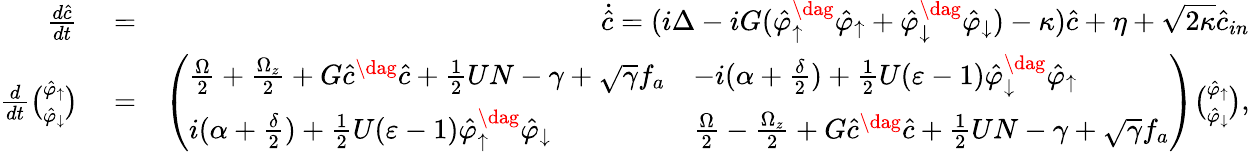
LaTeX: \begin{array}{rlr}{\frac{d\hat{c}}{dt}}&{{}=}&{\dot{\hat{c}}=(i\Delta-iG(\hat{\varphi}_{\uparrow}^{\dag}\hat{\varphi}_{\uparrow}+\hat{\varphi}_{\downarrow}^{\dag}\hat{\varphi}_{\downarrow})-\kappa)\hat{c}+\eta+\sqrt{2\kappa}\hat{c}_{in}}\\ {\frac{d}{dt}\binom{\hat{\varphi}_{\uparrow}}{\hat{\varphi}_{\downarrow}}}&{{}=}&{\left(\begin{array}{ll}{\frac{\Omega}{2}+\frac{\Omega_{z}}{2}+G\hat{c}^{\dag}\hat{c}+\frac{1}{2}UN-\gamma+\sqrt{\gamma}f_{a}}&{-i(\alpha+\frac{\delta}{2})+\frac{1}{2}U(\varepsilon-1)\hat{\varphi}_{\downarrow}^{\dag}\hat{\varphi}_{\uparrow}}\\ {i(\alpha+\frac{\delta}{2})+\frac{1}{2}U(\varepsilon-1)\hat{\varphi}_{\uparrow}^{\dag}\hat{\varphi}_{\downarrow}}&{\frac{\Omega}{2}-\frac{\Omega_{z}}{2}+G\hat{c}^{\dag}\hat{c}+\frac{1}{2}UN-\gamma+\sqrt{\gamma}f_{a}}\end{array}\right)\binom{\hat{\varphi}_{\uparrow}}{\hat{\varphi}_{\downarrow}},}\end{array}